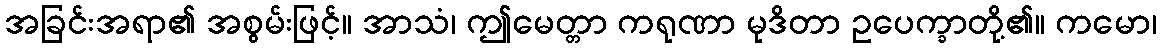
အခြင်းအရာ၏ အစွမ်းဖြင့်။ အာသံ၊ ဤမေတ္တာ ကရုဏာ မုဒိတာ ဥပေက္ခာတို့၏။ ကမော၊